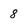
Character: 8